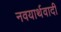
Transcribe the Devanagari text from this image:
नवयार्थवादी